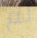
لم